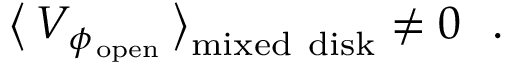
\big \langle \, { \cal V } _ { \phi _ { \mathrm { \, o p e n } } } \, \big \rangle _ { \mathrm { m i x e d ~ d i s k } } \not = 0 ~ ~ .